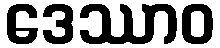
ဒေဿာဝ